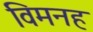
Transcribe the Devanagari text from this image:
विमनह